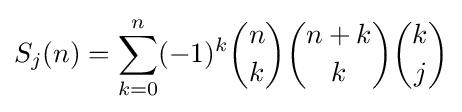
S_{j}(n)=\sum _{k=0}^{n}(-1)^{k}{n \choose k}{n+k \choose k}{k \choose j}